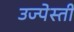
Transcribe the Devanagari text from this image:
उज्पेस्ती